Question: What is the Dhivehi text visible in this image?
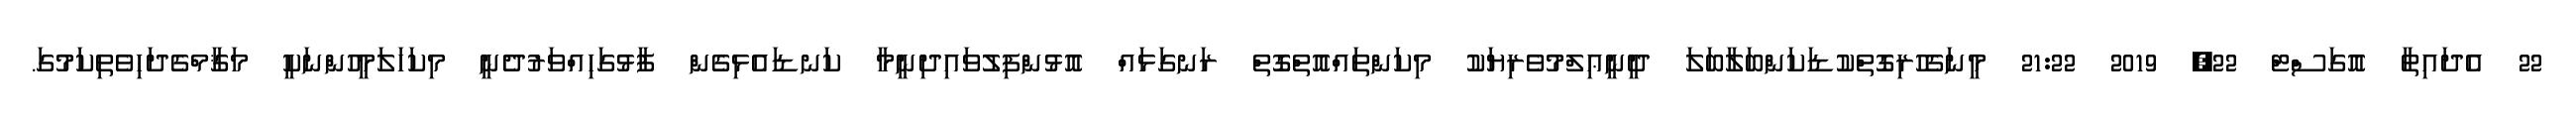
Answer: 22 އެދައިތާ އޮގަސްޓް 22, 2019 21:22 މީނަގެހުރިގޮތްކުޑަކަންބަލާބަލަ ދީނީޢިލްމުވެރިޔަކު މިކަންތައްއޮތްގޮތް ރަނގަޅައް އޮޅުންފިލުވައިދިނީމާ ކަނޑައެޅިގެން ފާޅުގަހިއްވަރުދެނީ މިކަހަލަމީހުންނަކީ މަޤާމްގެދަހިވެތިކަމުގަ.